Papers set at the Examination for Leaving Certificates, 1893
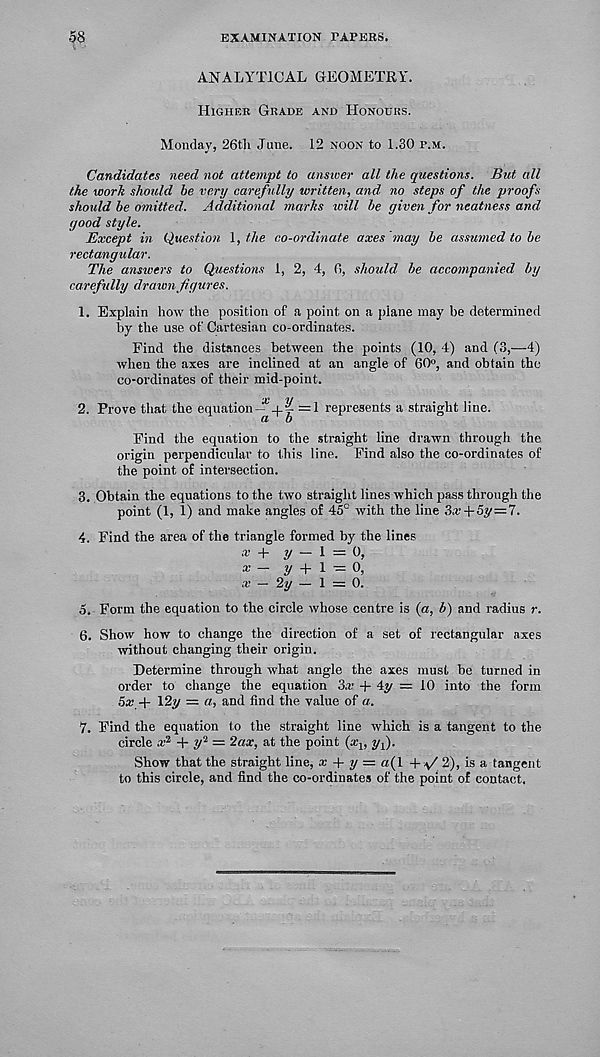
58
EXAMINATION PAPERS.
ANALYTICAL GEOMETRY.
Higher Grade and Honours.
Monday, 26th June. 12 noon to 1.30 p.m.
Candidates need not attempt to answer all the questions. But all
the work should he very carefully written, and no steps of the proofs
should be omitted. Additional marks will he given for neatness and
good style.
Except in Question 1, the co-ordinate axes 'may he assumed to he
rectangular.
The answers to Questions 1, 2, 4, 6, should he accompanied by
carefully drawn figures.
1. Explain how the position of a point on a plane may be determined
by the use of Cartesian co-ordinates.
Find the distances between the points (10, 4) and (3,-4)
when the axes are inclined at an angle of 60°, and obtain the
co-ordinates of their mid-point.
2. Prove that the equation=1 represents a straight line.
Find the equation to the straight line drawn through the
origin perpendicular to this line. Find also the co-ordinates of
the point of intersection.
3. Obtain the equations to the two straight lines which pass through the
point (1, 1) and make angles of 45° with the line 3x + 5y=7.
4. Find the area of the triangle formed by the lines
x + y — 1 = 0,
x — y
\ ~ 0,
a.- - 2y - 1 = 0.
5. Form the equation to the circle whose centre is (a, b) and radius r.
6. Show how to change the direction of a set of rectangular axes
without changing their origin.
Determine through what angle the axes must be turned in
order to change the equation 3a’ + 4y — 10 into the form
5a; + 12y = a, and find the value of a.
7. Find the equation to the straight line which is a tangent to the
circle a; 2 + y‘ l — 2ax, at the point (^d Vi)-
Show that the straight line, x + y = a(l + jf 2), is a tangent
to this circle, and find the co-ordinates of the point of contact.